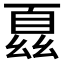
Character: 𫷢